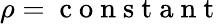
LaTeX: \rho=\mathrm{~c~o~n~s~t~a~n~t~}